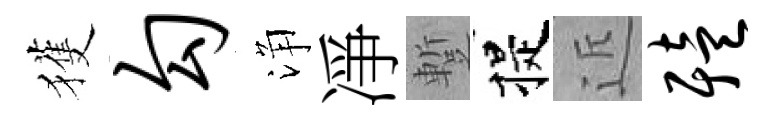
獲勾浄凈蹔提近殪